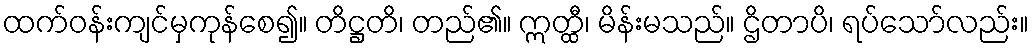
ထက်ဝန်းကျင်မှကုန်စေ၍။ တိဋ္ဌတိ၊ တည်၏။ ဣတ္ထီ၊ မိန်းမသည်။ ဌိတာပိ၊ ရပ်သော်လည်း။